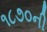
૧૮૭૦ની